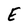
Character: E